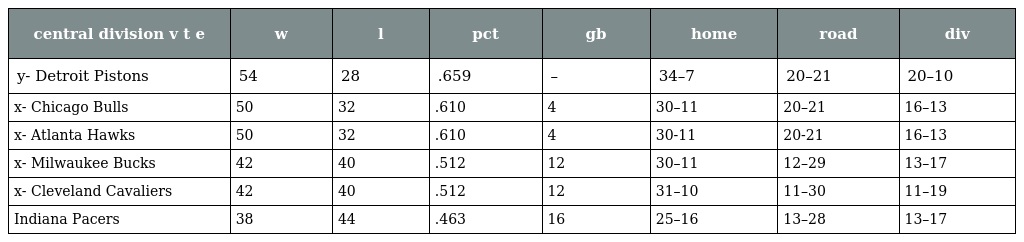
| central division v t e | w | l | pct | gb | home | road | div |
 | --- | --- | --- | --- | --- | --- | --- | --- |
 | y- Detroit Pistons | 54 | 28 | .659 | – | 34–7 | 20–21 | 20–10 |
 | x- Chicago Bulls | 50 | 32 | .610 | 4 | 30–11 | 20–21 | 16–13 |
 | x- Atlanta Hawks | 50 | 32 | .610 | 4 | 30-11 | 20-21 | 16–13 |
 | x- Milwaukee Bucks | 42 | 40 | .512 | 12 | 30–11 | 12–29 | 13–17 |
 | x- Cleveland Cavaliers | 42 | 40 | .512 | 12 | 31–10 | 11–30 | 11–19 |
 | Indiana Pacers | 38 | 44 | .463 | 16 | 25–16 | 13–28 | 13–17 |